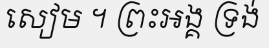
សៀម ។ ព្រះអង្គ ទ្រង់